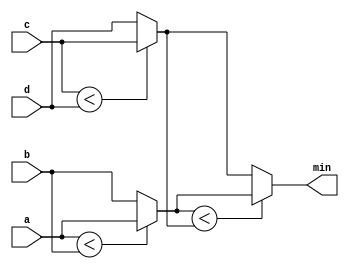
module top_module (
    input [7:0] a, b, c, d,
    output reg [7:0] min);//

    // assign intermediate_result1 = compare? true: false;
    reg [7:0] min_1;
    reg [7:0] min_2;

    always @(*)
    begin
        min_1 = (a < b)? a : b;
        min_2 = (c < d)? c : d;
        min = (min_1 < min_2)? min_1 : min_2;
    end

endmodule